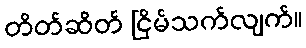
တိတ်ဆိတ် ငြိမ်သက်လျက်။